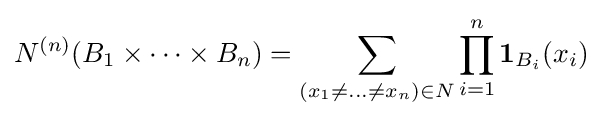
{N}^{(n)}(B_{1}\times \cdots \times B_{n})=\sum _{(x_{1}\neq \dots \neq x_{n})\in {N}}\prod _{i=1}^{n}\mathbf {1} _{B_{i}}(x_{i})